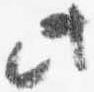
此